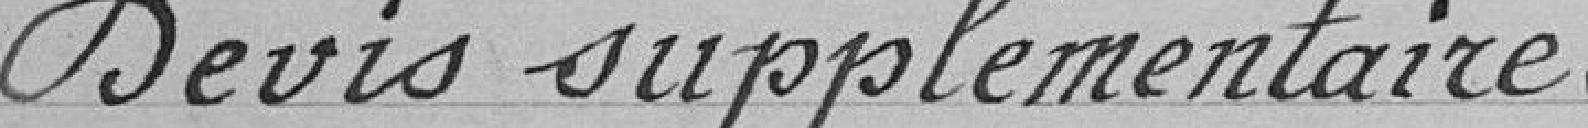
Devis supplémentaire